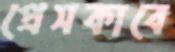
প্রেসকাবে